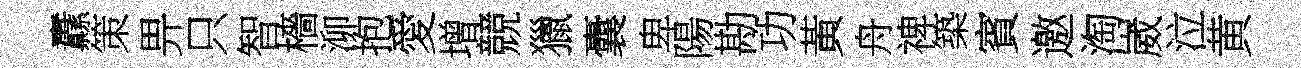
纛策畀只智檣泖抱愛增競獵囊卑陽勘功黃舟禆築賓邀淘崴泣黄